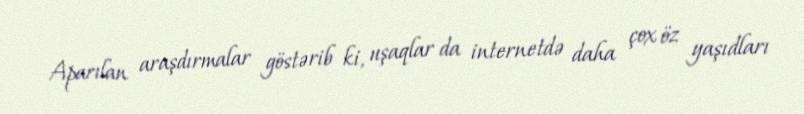
Aparılan araşdırmalar göstərib ki, uşaqlar da internetdə daha çox öz yaşıdları